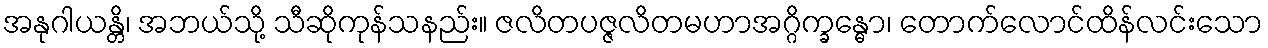
အနုဂါယန္တိ၊ အဘယ်သို့ သီဆိုကုန်သနည်း။ ဇလိတပဇ္ဇလိတမဟာအဂ္ဂိက္ခန္ဓော၊ တောက်လောင်ထိန်လင်းသော